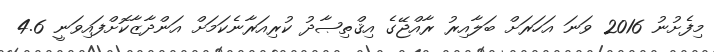
މިފެށުނު 2016 ވަނަ އަހަރަށް ބަލާއިރު ރާއްޖޭގެ އިޤްތިޞާދު ކުރިއަރާނެކަމަށް އަންދާޒާކޮށްފައިވަނީ 4.6